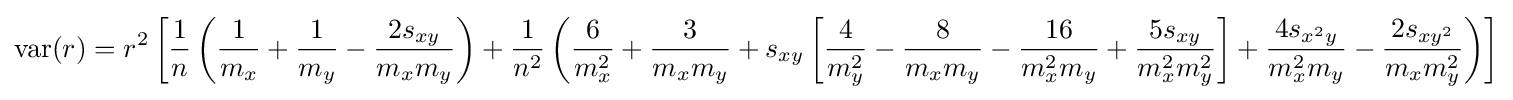
\operatorname {var} (r)=r^{2}\left[{\frac {1}{n}}\left({\frac {1}{m_{x}}}+{\frac {1}{m_{y}}}-{\frac {2s_{xy}}{m_{x}m_{y}}}\right)+{\frac {1}{n^{2}}}\left({\frac {6}{m_{x}^{2}}}+{\frac {3}{m_{x}m_{y}}}+s_{xy}\left[{\frac {4}{m_{y}^{2}}}-{\frac {8}{m_{x}m_{y}}}-{\frac {16}{m_{x}^{2}m_{y}}}+{\frac {5s_{xy}}{m_{x}^{2}m_{y}^{2}}}\right]+{\frac {4s_{x^{2}y}}{m_{x}^{2}m_{y}}}-{\frac {2s_{xy^{2}}}{m_{x}m_{y}^{2}}}\right)\right]